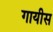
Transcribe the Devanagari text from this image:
गायीस